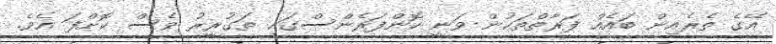
އޭގެ ތެރެއިން ބައެއް ފަރާތްތަކުން ވަނީ ކޮންފަރެންސްގައި ތަގުރީރު ވެސް ކޮށްފަ އެވެ.